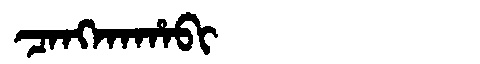
Manchu: ᠴᠠᠩᡴᠠᡥᠠᠪᡳ
Romanization: CANGKAHABI